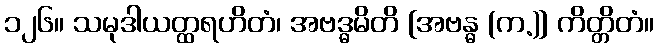
၁၂၆။ သမုဒါယတ္ထရဟိတံ၊ အဗဒ္ဓမိတိ [အဗန္ဓ (က.)] ကိတ္တိတံ။